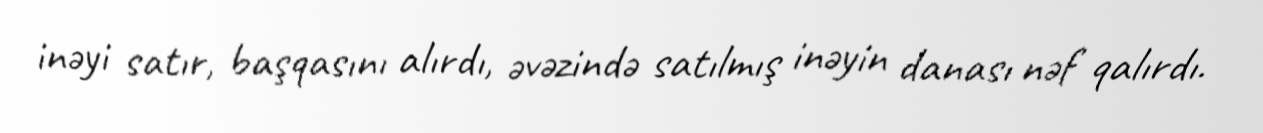
inəyi satır, başqasını alırdı, əvəzində satılmış inəyin danası nəf qalırdı.